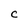
Character: C